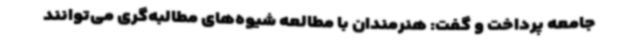
جامعه پرداخت و گفت: هنرمندان با مطالعه شیوه‌های مطالبه‌گری می‌توانند